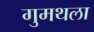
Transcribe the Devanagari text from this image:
गुमथला